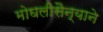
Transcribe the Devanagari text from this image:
मोघलीसैन्याने